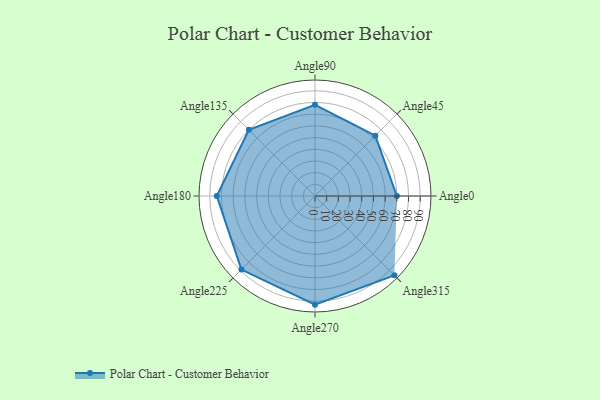
{"axis": {"x": "Angle", "y": "Radius"}, "legend": [""], "data": [{"x": "Angle0", "y": 70.0, "type": ""}, {"x": "Angle45", "y": 73.0, "type": ""}, {"x": "Angle90", "y": 78.0, "type": ""}, {"x": "Angle135", "y": 80.0, "type": ""}, {"x": "Angle180", "y": 84.0, "type": ""}, {"x": "Angle225", "y": 89.0, "type": ""}, {"x": "Angle270", "y": 93.0, "type": ""}, {"x": "Angle315", "y": 96.0, "type": ""}]}